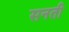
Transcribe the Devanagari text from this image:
सनती